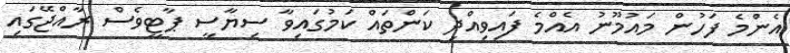
އެންމެ ފަހުން މައުމޫނު އެއްމެ ފައިވިއްދި ކަންތައް ކަމުގައިވާ ސިޔާސީ ޕާޓީވެސް ރާއްޖޭގައި